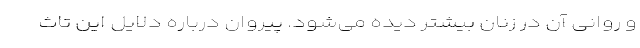
و روانی آن در زنان بیشتر دیده می‌شود. پیروان درباره دلایل این تاث